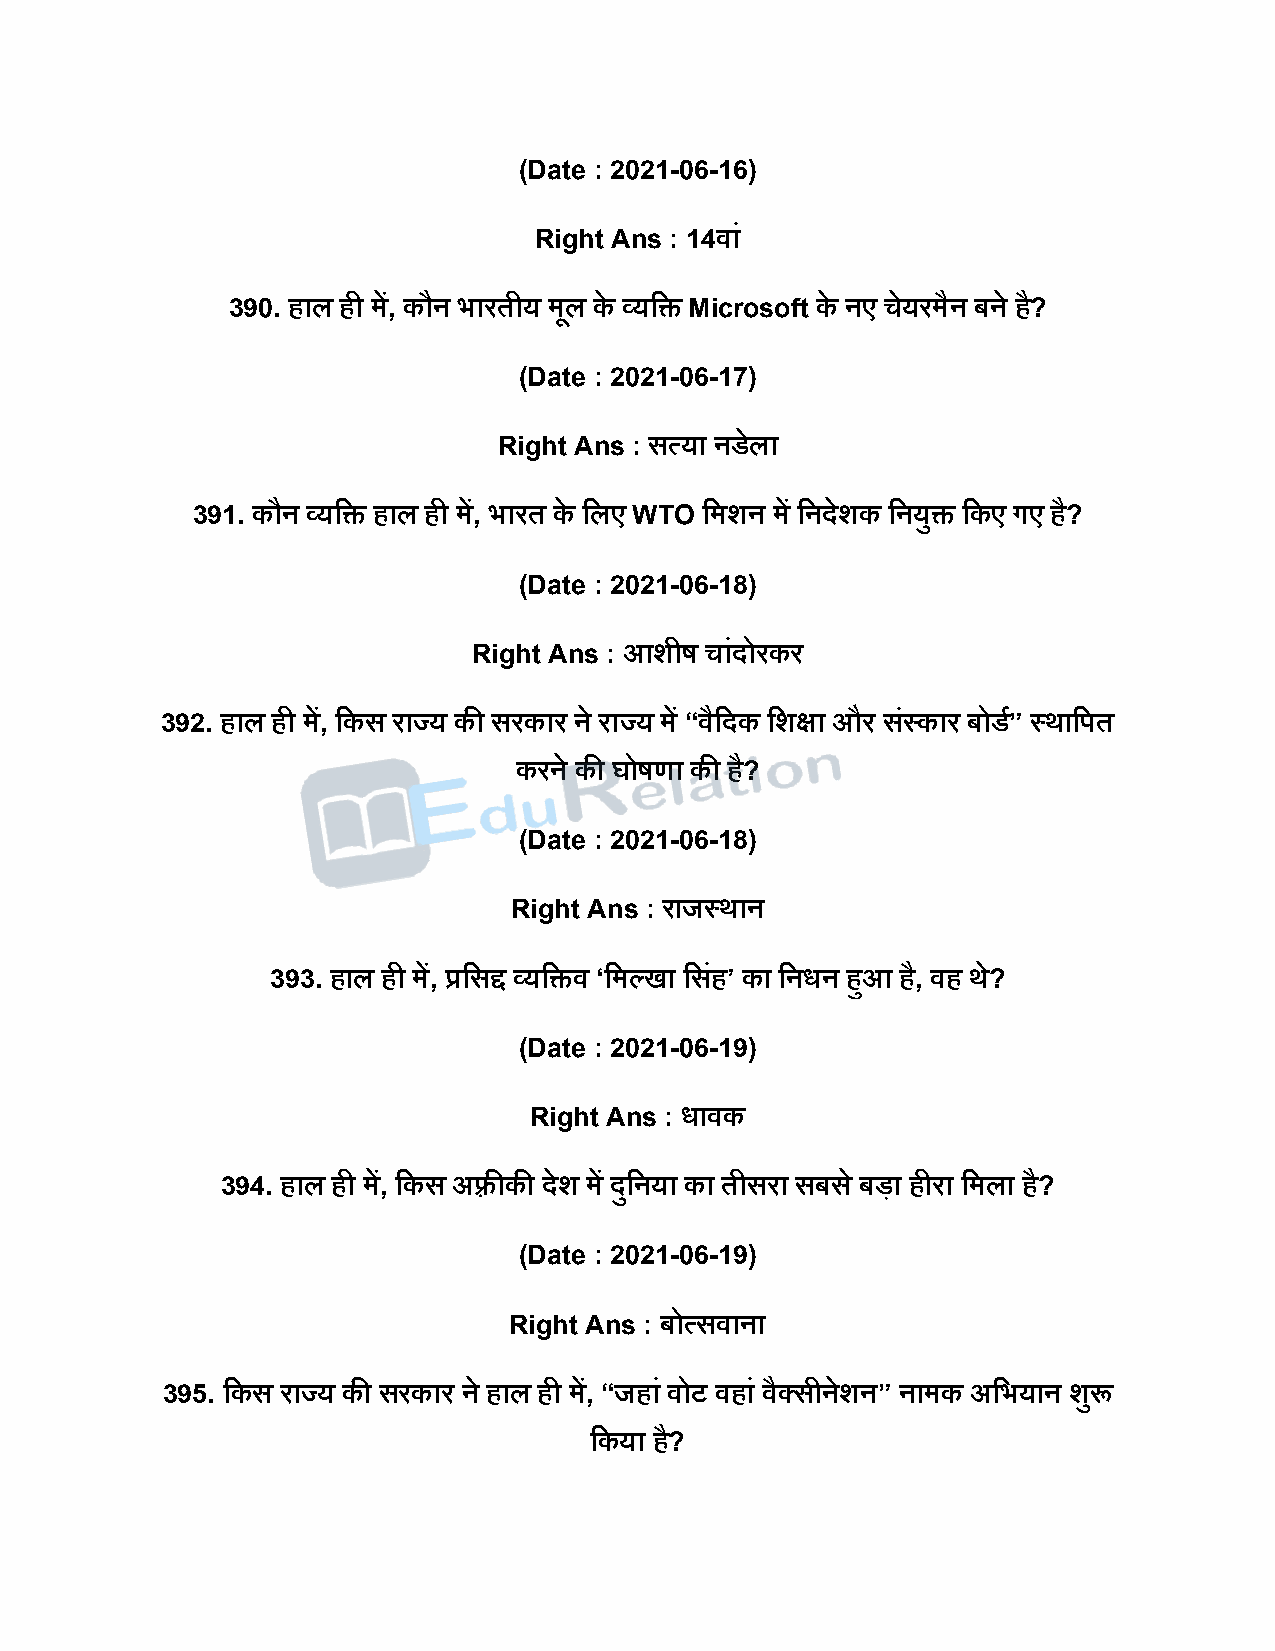
(Date : 2021-06-16)
 Right Ans : 14वां
 390. हाल ही में, कौन भारतीय मूल के व्यदि Microsoft के नए चेयरमैन बने है?
 (Date : 2021-06-17)
 Right Ans : सत्या नडेला
 391. कौन व्यदि हाल ही में, भारत के दलए WTO दमशन में दनिेशक दनयुि दकए गए है?
 (Date : 2021-06-18)
 Right Ans : आशीर् चांिोरकर
 392. हाल ही में, दकस राज्य की सरकार ने राज्य में “वैदिक दशक्षा और सस्ं कार बोडष” स्थादित
 करने की घोर्णा की है?
 (Date : 2021-06-18)
 Right Ans : राजस्थान
 393. हाल ही में, प्रदसद्द व्यदिव ‘दमल्खा दसहं ’ का दनधन हुआ है, वह थे?
 (Date : 2021-06-19)
 Right Ans : धावक
 394. हाल ही में, दकस अफ़्रीकी िेश में िुदनया का तीसरा सबस े बिा हीरा दमला है?
 (Date : 2021-06-19)
 Right Ans : बोत्सवाना
 395. दकस राज्य की सरकार ने हाल ही में, “जहां वोट वहां वैक्सीनेशन” नामक अदभयान शुरू
 दकया है?